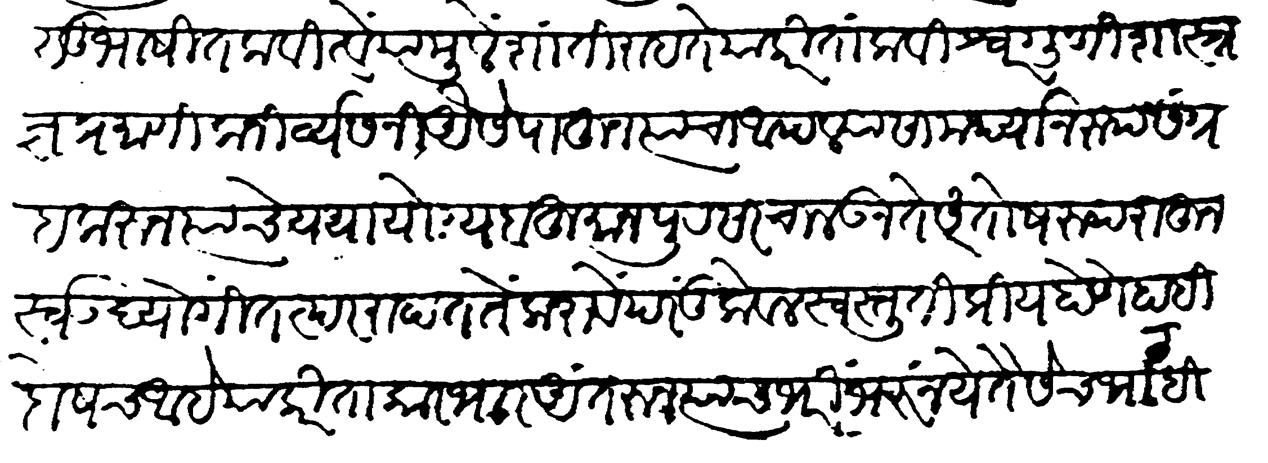
Transliteration (Devanagari): सुभाषित कवित्वें यामुळे शांति राहते याकरितां कवीश्वर गुणी शास्त्रज्ञ प्रमाणिक निर्व्यसनी यैसे पाहून त्यांचा आपल्या सामर्थानरुप संग्रह करुन त्याचें यथायोग्य बहुमान पुरसर चालवून ते संतोषरुप राहून स्वउद्योगास तत्पर राहात तें करावें परंतु केवळ स्तुतिप्रिय होणें हा हि दोषच आहे याकरितां कारभार अंतरुन त्याच भरीं भरू नये तैसेच भाट हि